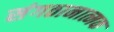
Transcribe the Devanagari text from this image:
संगठानात्मक